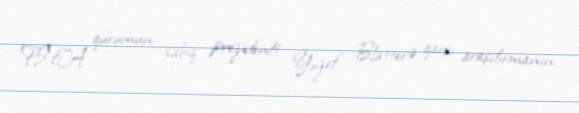
FIFA qurumun sabiq prezidenti Yozef Blatterə qarşı araşdırmanın